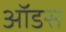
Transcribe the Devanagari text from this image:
ऑडस